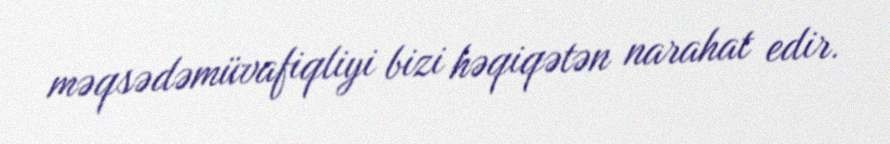
məqsədəmüvafiqliyi bizi həqiqətən narahat edir.